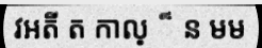
វអតី ត កាល្ ៏ ន មម